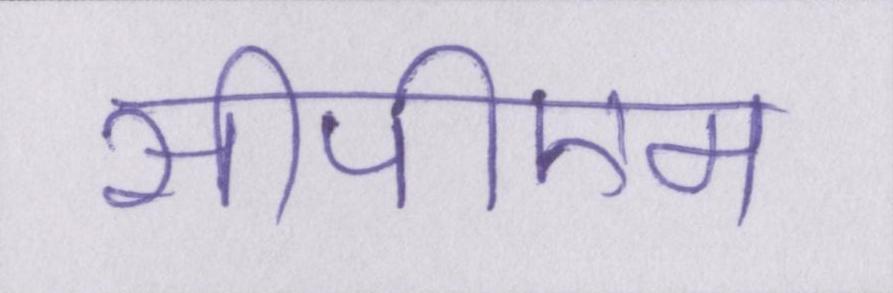
सीपीएम